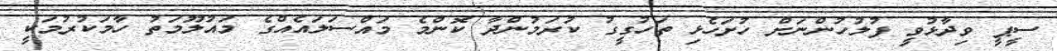
ސީޕީ ވިދާޅުވީ ފުލުހުންނަށް ހުށަހެޅި ތަހުގީގު ކުރަމުންދާ ކޮންމެ މައްސަލައެއްގެ މައުލޫމަތު ހާމަކުރުމަކީ